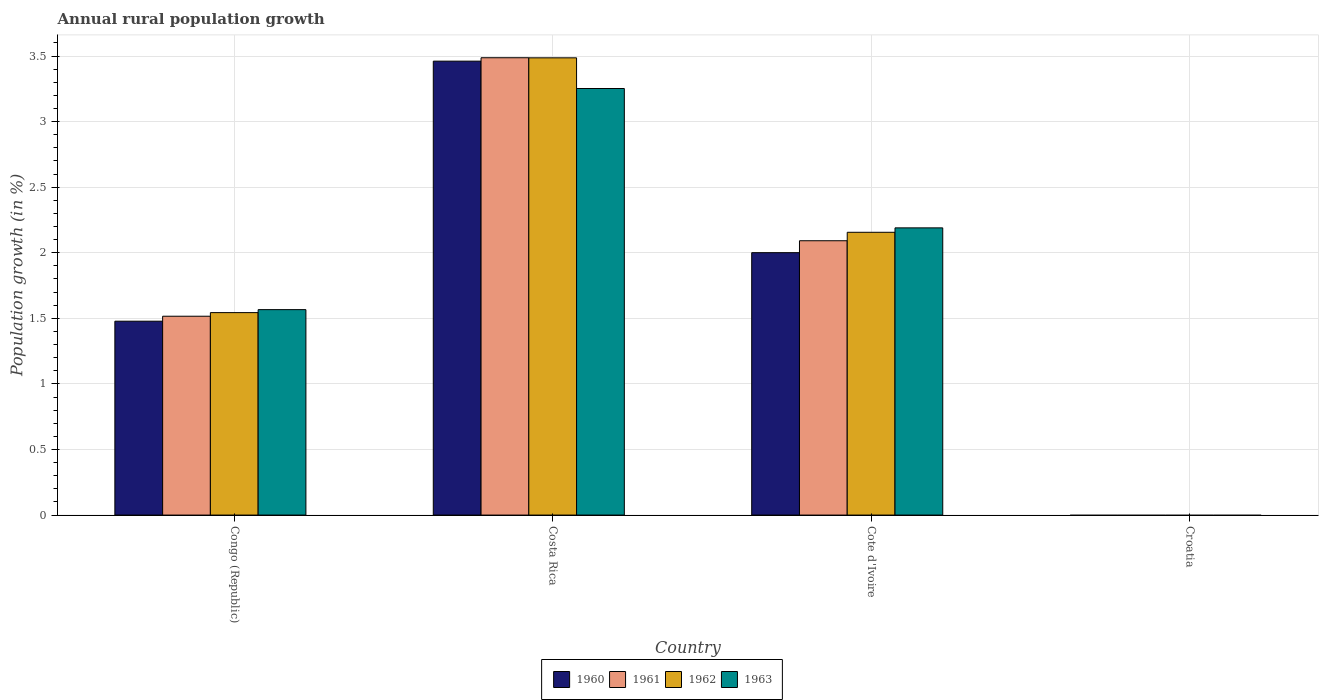
| Country | 1960 | 1961 | 1962 | 1963 |
 | --- | --- | --- | --- | --- |
 | Congo (Republic) | 1.48 | 1.52 | 1.54 | 1.57 |
 | Costa Rica | 3.46 | 3.49 | 3.49 | 3.25 |
 | Cote d'Ivoire | 2 | 2.09 | 2.16 | 2.19 |
 | Croatia | -0.594 | -0.514 | -0.677 | -0.754 |